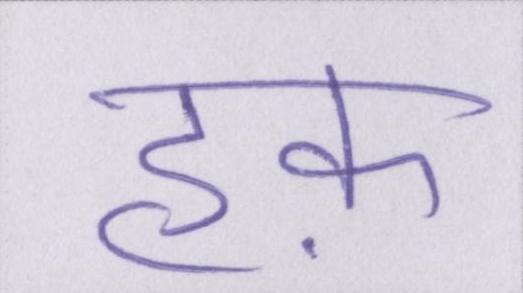
हक़